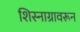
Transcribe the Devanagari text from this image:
शिस्नाग्रावरून